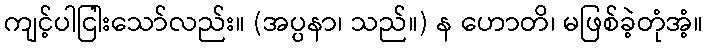
ကျင့်ပါငြါးသော်လည်း။ (အပ္ပနာ၊ သည်။) န ဟောတိ၊ မဖြစ်ခဲ့တုံအံ့။